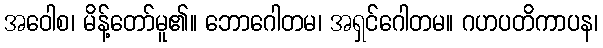
အဝေါစ၊ မိန့်တော်မူ၏။ ဘောဂေါတမ၊ အရှင်ဂေါတမ။ ဂဟပတိကာပန၊